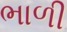
ભાળી